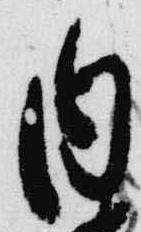
内